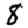
Digit: 8